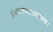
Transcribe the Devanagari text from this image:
ग्रंथालयशास्त्रावर